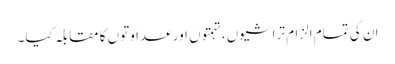
ان کی تمام الزام تراشیوں، تہمتوں اور عداوتوں کا مقابلہ کیا۔